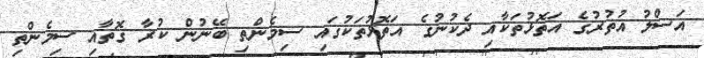
އަސްލު އުތުރުގެ އަތޮޅުތަކާއި ދެކުނުގެ އަތޮޅުތަކުގައި ސިމެންތި ބޭނުން ކުރާ ގޮތާއި ސިމެންތި